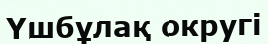
Үшбұлақ округі